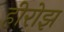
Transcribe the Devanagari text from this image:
हीरोझ